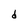
Character: d